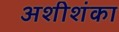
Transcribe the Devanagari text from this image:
अशीशंका